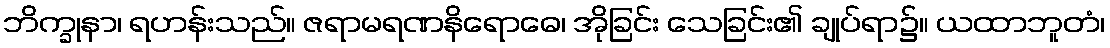
ဘိက္ခုနာ၊ ရဟန်းသည်။ ဇရာမရဏနိရောဓေ၊ အိုခြင်း သေခြင်း၏ ချုပ်ရာ၌။ ယထာဘူတံ၊